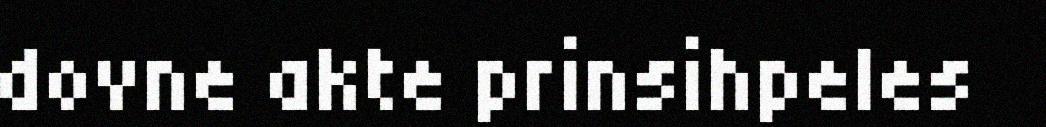
dovne akte prinsihpeles